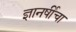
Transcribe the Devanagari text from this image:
ज्ञानर्षीचा